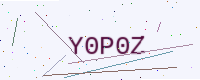
Text: Y0P0Z